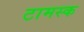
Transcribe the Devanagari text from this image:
टामस्क